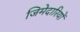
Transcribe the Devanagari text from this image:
जिमेदारियों